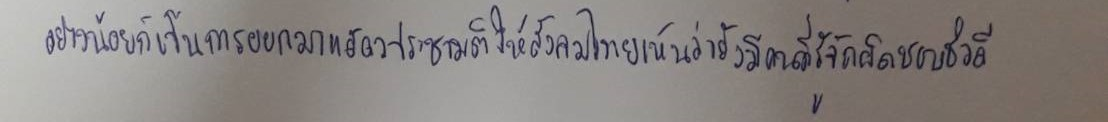
อย่างน้อยก็เป็นการออกมาแสดงประชามติให้สังคมไทยเห็นว่ายังมีคนที่รู้จักผิดชอบชั่วดี